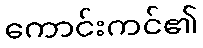
ကောင်းကင်၏